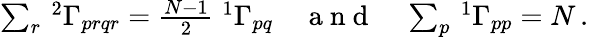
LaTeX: \begin{array}{r}{\sum_{r}\, {^{2}\Gamma_{prqr}}=\frac{N-1}{2}\; {^{1}\Gamma_{pq}}\quad\mathrm{~a~n~d~}\quad\sum_{p}\, {^{1}\Gamma_{pp}}=N\, .}\end{array}